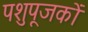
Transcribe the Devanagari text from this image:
पशुपूजकों